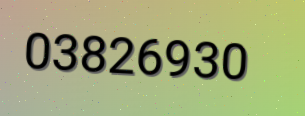
03826930